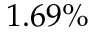
1 . 6 9 \%